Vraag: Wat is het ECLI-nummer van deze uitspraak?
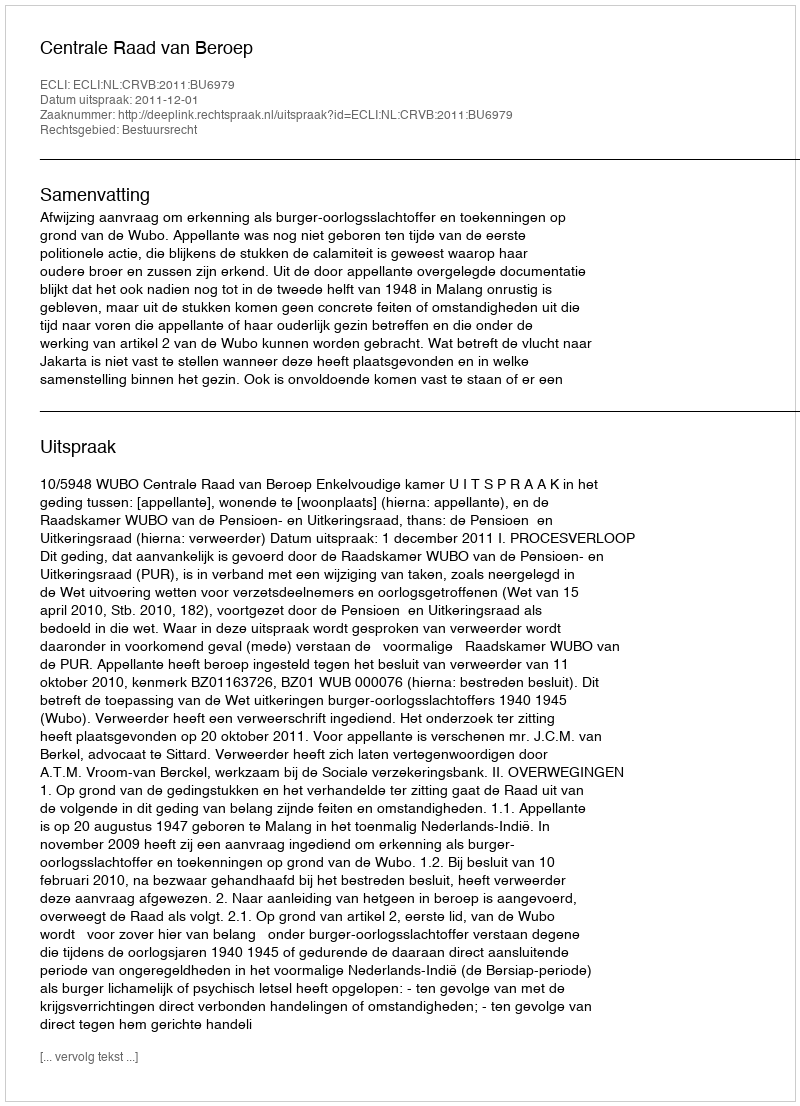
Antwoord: ECLI:NL:CRVB:2011:BU6979